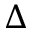
\Delta